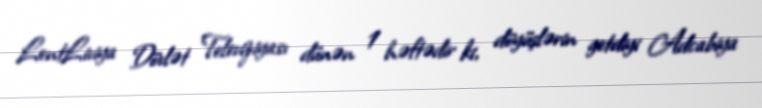
LentLiviya Dövlət Televiziyası dünən 1 həftədir ki, döyüşlərin getdiyi Adcabiya